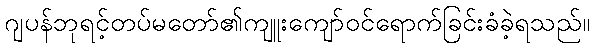
ဂျပန်ဘုရင့်တပ်မတော်၏ကျူးကျော်ဝင်ရောက်ခြင်းခံခဲ့ရသည်။